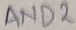
Text: AND2